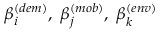
\beta _ { i } ^ { ( d e m ) } , \; \beta _ { j } ^ { ( m o b ) } , \; \beta _ { k } ^ { ( e n v ) }